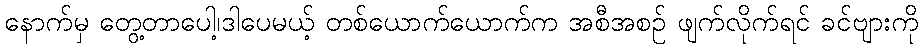
နောက်မှ တွေ့တာပေါ့၊ဒါပေမယ့် တစ်ယောက်ယောက်က အစီအစဉ် ဖျက်လိုက်ရင် ခင်ဗျားကို